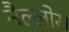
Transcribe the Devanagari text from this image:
नैल्‍लोर।